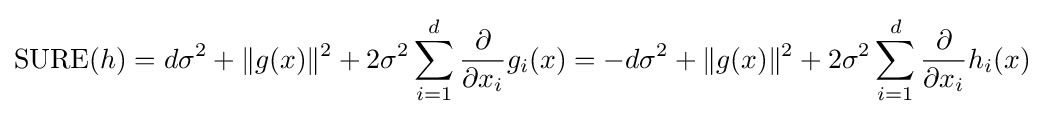
\operatorname {SURE} (h)=d\sigma ^{2}+\|g(x)\|^{2}+2\sigma ^{2}\sum _{i=1}^{d}{\frac {\partial }{\partial x_{i}}}g_{i}(x)=-d\sigma ^{2}+\|g(x)\|^{2}+2\sigma ^{2}\sum _{i=1}^{d}{\frac {\partial }{\partial x_{i}}}h_{i}(x)